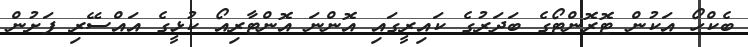
ބެކްހޯ އަކުން ޓޮރޮންޓޯގެ ބަދަރުގެ ކައިރީގައި އޮންނަ އޮންޓާރިއޯ ކުޅީގެ އައްސޭރި ފަށުން